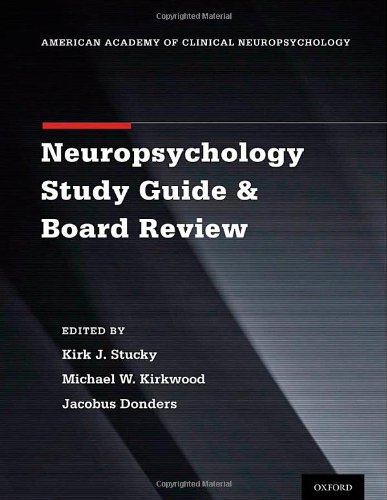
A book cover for Clinical Neuropsychology Study Guide and Board Review (American Academy of Clinical Neuropsychology); Medical Books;